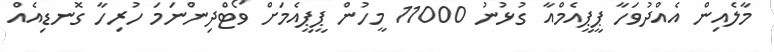
މާލެއިން އެއްދުވަހާ ޕީޕީއެމްއާ ގުޅުނު 11000 މީހުން ޕީޕީއެމަށް ވޯޓްދިންނަމަ ހުރިހާ ގޮނޑިއެއް